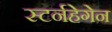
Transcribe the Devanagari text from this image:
स्टर्नहेगेन